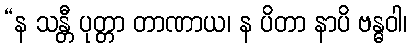
“န သန္တီ ပုတ္တာ တာဏာယ၊ န ပိတာ နာပိ ဗန္ဓဝါ၊